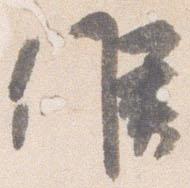
候